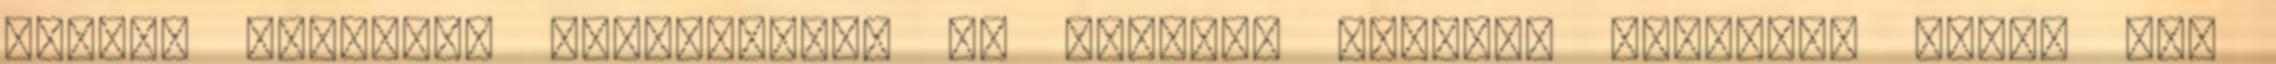
gyenge játékkal mutatkozott be Leekens csapata HÁNYSZOR bukik még